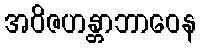
အဝိဇဟန္တာဘာဝေန